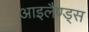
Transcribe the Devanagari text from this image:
आइलैण्ड्स